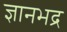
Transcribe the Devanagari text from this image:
ज्ञानभद्र